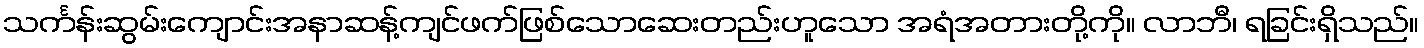
သင်္ကန်းဆွမ်းကျောင်းအနာဆန့်ကျင်ဖက်ဖြစ်သောဆေးတည်းဟူသော အရံအတားတို့ကို။ လာဘီ၊ ရခြင်းရှိသည်။